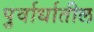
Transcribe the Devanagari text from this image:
पुर्वार्धातील